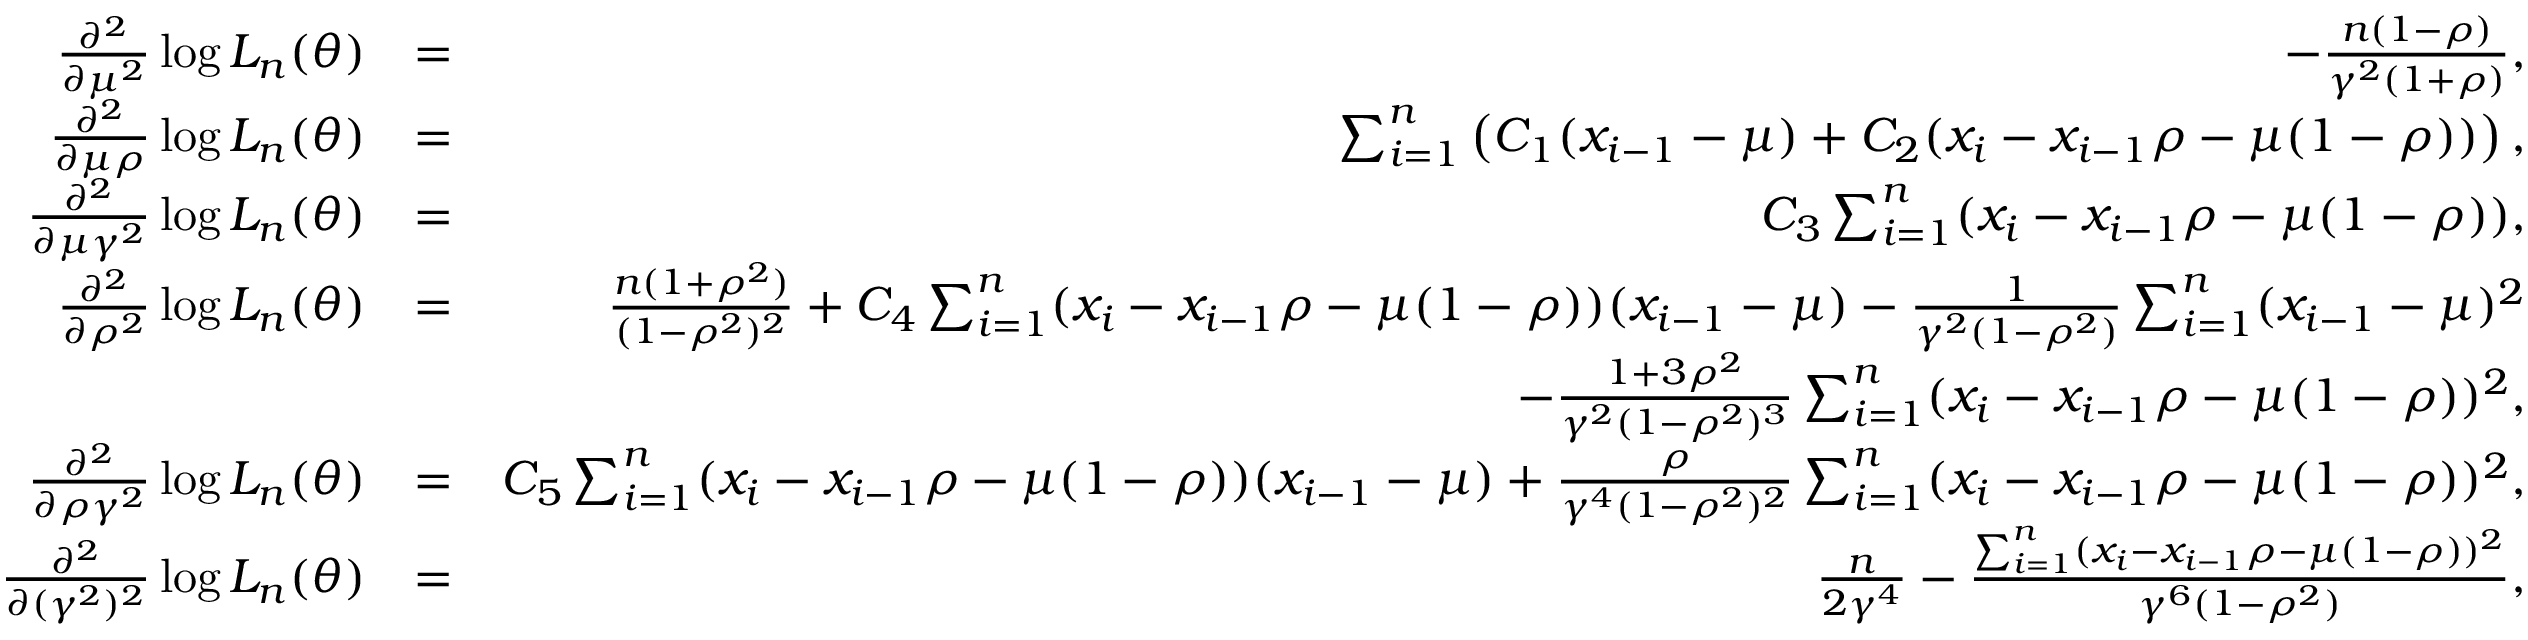
\begin{array} { r l r } { \frac { \partial ^ { 2 } } { \partial \mu ^ { 2 } } \log L _ { n } ( \theta ) } & { = } & { - \frac { n ( 1 - \rho ) } { \gamma ^ { 2 } ( 1 + \rho ) } , } \\ { \frac { \partial ^ { 2 } } { \partial \mu \rho } \log L _ { n } ( \theta ) } & { = } & { \sum _ { i = 1 } ^ { n } \left( C _ { 1 } ( x _ { i - 1 } - \mu ) + C _ { 2 } ( x _ { i } - x _ { i - 1 } \rho - \mu ( 1 - \rho ) ) \right) , } \\ { \frac { \partial ^ { 2 } } { \partial \mu \gamma ^ { 2 } } \log L _ { n } ( \theta ) } & { = } & { C _ { 3 } \sum _ { i = 1 } ^ { n } ( x _ { i } - x _ { i - 1 } \rho - \mu ( 1 - \rho ) ) , } \\ { \frac { \partial ^ { 2 } } { \partial \rho ^ { 2 } } \log L _ { n } ( \theta ) } & { = } & { \frac { n ( 1 + \rho ^ { 2 } ) } { ( 1 - \rho ^ { 2 } ) ^ { 2 } } + C _ { 4 } \sum _ { i = 1 } ^ { n } ( x _ { i } - x _ { i - 1 } \rho - \mu ( 1 - \rho ) ) ( x _ { i - 1 } - \mu ) - \frac { 1 } { \gamma ^ { 2 } ( 1 - \rho ^ { 2 } ) } \sum _ { i = 1 } ^ { n } ( x _ { i - 1 } - \mu ) ^ { 2 } } \\ & { } & { - \frac { 1 + 3 \rho ^ { 2 } } { \gamma ^ { 2 } ( 1 - \rho ^ { 2 } ) ^ { 3 } } \sum _ { i = 1 } ^ { n } ( x _ { i } - x _ { i - 1 } \rho - \mu ( 1 - \rho ) ) ^ { 2 } , } \\ { \frac { \partial ^ { 2 } } { \partial \rho \gamma ^ { 2 } } \log L _ { n } ( \theta ) } & { = } & { C _ { 5 } \sum _ { i = 1 } ^ { n } ( x _ { i } - x _ { i - 1 } \rho - \mu ( 1 - \rho ) ) ( x _ { i - 1 } - \mu ) + \frac { \rho } { \gamma ^ { 4 } ( 1 - \rho ^ { 2 } ) ^ { 2 } } \sum _ { i = 1 } ^ { n } ( x _ { i } - x _ { i - 1 } \rho - \mu ( 1 - \rho ) ) ^ { 2 } , } \\ { \frac { \partial ^ { 2 } } { \partial ( \gamma ^ { 2 } ) ^ { 2 } } \log L _ { n } ( \theta ) } & { = } & { \frac { n } { 2 \gamma ^ { 4 } } - \frac { \sum _ { i = 1 } ^ { n } ( x _ { i } - x _ { i - 1 } \rho - \mu ( 1 - \rho ) ) ^ { 2 } } { \gamma ^ { 6 } ( 1 - \rho ^ { 2 } ) } , } \end{array}